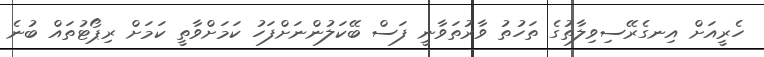
ހެރީއަށް އިނގެރޭސިވިލާތުގެ ތަހުތު ވާރުތަވާނީ ފަސް ބޭކަލުންނަށްފަހު ކަމަށްވާތީ ކަމަށް ރިޕޯޓުތައް ބުނެ